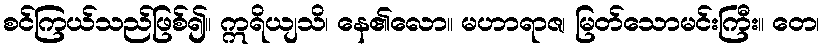
စင်ကြယ်သည်ဖြစ်၍။ ဣရိယျသိ၊ နေ၏လော။ မဟာရာဇ၊ မြတ်သောမင်းကြီး။ တေ၊